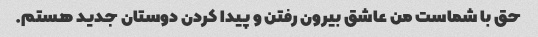
حق با شماست من عاشق بیرون رفتن و پیدا کردن دوستان جدید هستم.